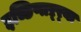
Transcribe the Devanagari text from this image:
इच्छिणाऱ्र्‍या